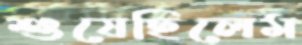
শুষেছিলেম